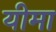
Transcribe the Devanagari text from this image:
यीमा